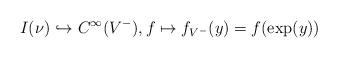
LaTeX: \begin{align*}I(\nu)\hookrightarrow C^\infty(V^-), f\mapsto f_{V^-}(y)=f(\exp(y))\end{align*}